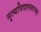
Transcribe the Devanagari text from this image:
नृत्यविद्यालयाच्या